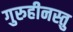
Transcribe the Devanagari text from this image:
गुरुहीनस्तु